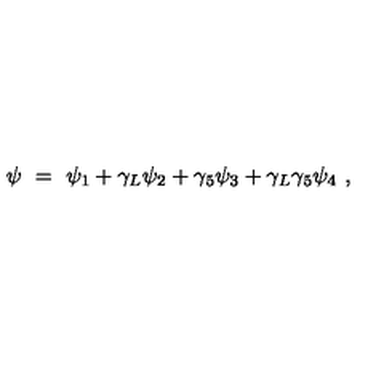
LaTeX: \psi \ = \ \psi _ { 1 } + \gamma _ { L } \psi _ { 2 } + \gamma _ { 5 } \psi _ { 3 } + \gamma _ { L } \gamma _ { 5 } \psi _ { 4 } \ ,